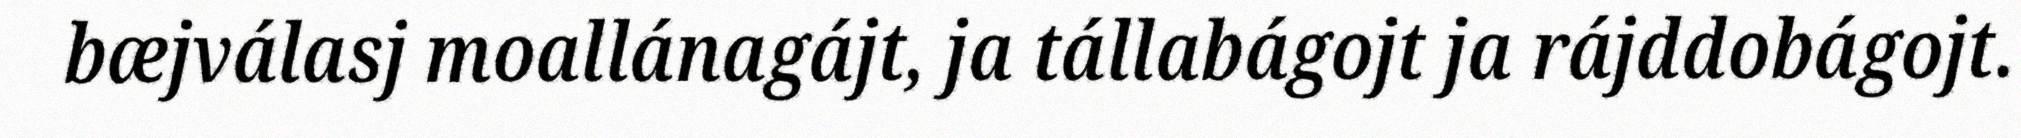
bæjválasj moallánagájt, ja tállabágojt ja rájddobágojt.